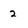
Character: 2